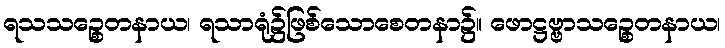
ရသသဉ္စေတနာယ၊ ရသာရုံ၌ဖြစ်သောစေတနာ၌။ ဖောဋ္ဌဗ္ဗာသဉ္စေတနာယ၊